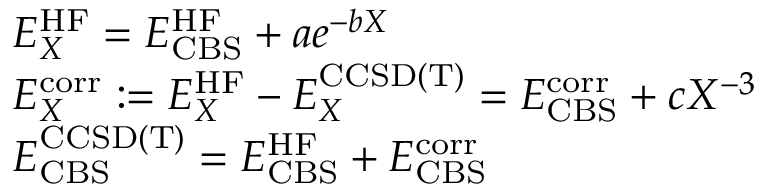
\begin{array} { r l } & { E _ { X } ^ { \mathrm { H F } } = E _ { \mathrm { C B S } } ^ { \mathrm { H F } } + a e ^ { - b X } } \\ & { E _ { X } ^ { \mathrm { c o r r } } : = E _ { X } ^ { \mathrm { H F } } - E _ { X } ^ { \mathrm { C C S D ( T ) } } = E _ { \mathrm { C B S } } ^ { \mathrm { c o r r } } + c X ^ { - 3 } } \\ & { E _ { \mathrm { C B S } } ^ { \mathrm { C C S D ( T ) } } = E _ { \mathrm { C B S } } ^ { \mathrm { H F } } + E _ { \mathrm { C B S } } ^ { \mathrm { c o r r } } } \end{array}